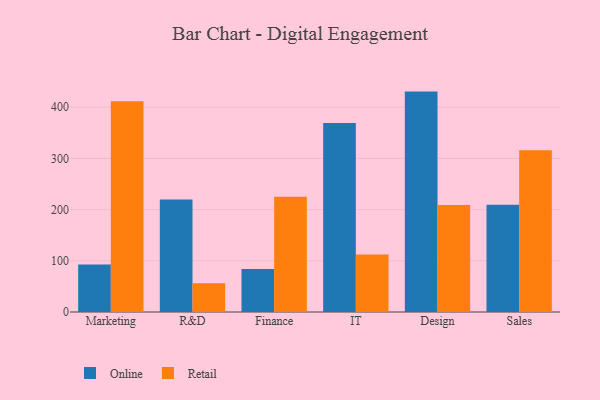
{"axis": {"x": "Department", "y": "Humidity (%)"}, "legend": ["Online", "Retail"], "data": [{"x": "Marketing", "y": 92.8, "type": "Online"}, {"x": "Marketing", "y": 411.6, "type": "Retail"}, {"x": "R&D", "y": 219.7, "type": "Online"}, {"x": "R&D", "y": 56.3, "type": "Retail"}, {"x": "Finance", "y": 84.2, "type": "Online"}, {"x": "Finance", "y": 225.2, "type": "Retail"}, {"x": "IT", "y": 369.1, "type": "Online"}, {"x": "IT", "y": 112.5, "type": "Retail"}, {"x": "Design", "y": 430.5, "type": "Online"}, {"x": "Design", "y": 209.1, "type": "Retail"}, {"x": "Sales", "y": 209.4, "type": "Online"}, {"x": "Sales", "y": 315.7, "type": "Retail"}]}